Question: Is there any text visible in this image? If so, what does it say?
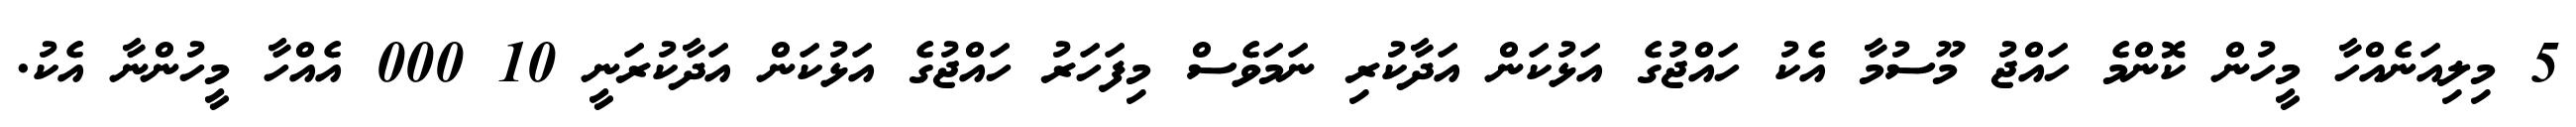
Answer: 5 މިލިއަނެއްހާ މީހުން ކޮންމެ ހައްޖު މޫސުމާ އެކު ހައްޖުގެ އަޅުކަން އަދާކުރި ނަމަވެސް މިފަހަރު ހައްޖުގެ އަޅުކަން އަދާކުރަނީ 10 000 އެއްހާ މީހުންނާ އެކު.